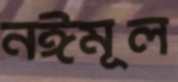
নঈমূল